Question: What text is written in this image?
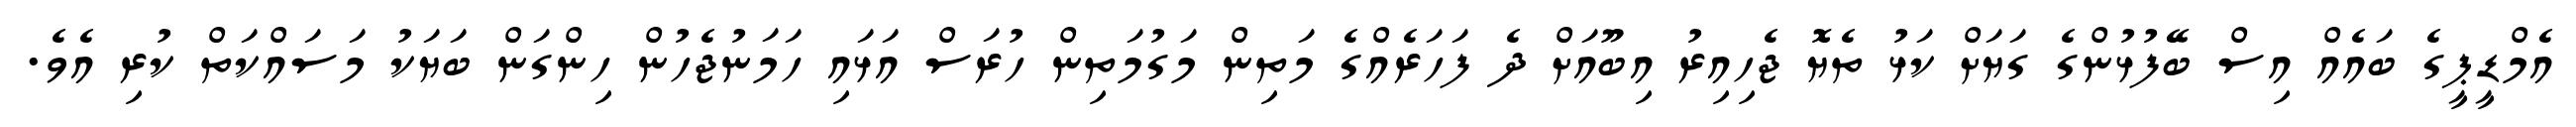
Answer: އެމްޑީޕީގެ ބައެއް އިސް ބޭފުޅުންގެ ގަޔަށް ކަޅު ތެޔޮ ޖެހިއިރު އިބޫއަށް ދެ ފަހަރެއްގެ މަތިން މަގުމަތިން ހުރަސް އަޅައި ހަމަނުޖެހުން ހިންގަން ބަޔަކު މަސައްކަތް ކުރި އެވެ.